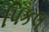
પિકલ